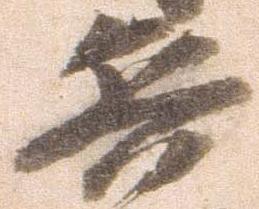
兵